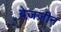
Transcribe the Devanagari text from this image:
बेजज़ीन